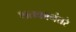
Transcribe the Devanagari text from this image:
शतकानंतरे